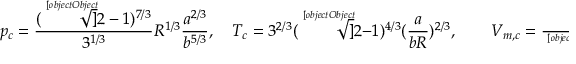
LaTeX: p _ { c } = { \frac { ( { \sqrt [ [object Object] ] { 2 } } - 1 ) ^ { 7 / 3 } } { 3 ^ { 1 / 3 } } } R ^ { 1 / 3 } { \frac { a ^ { 2 / 3 } } { b ^ { 5 / 3 } } } , \quad T _ { c } = 3 ^ { 2 / 3 } ( { \sqrt [ [object Object] ] { 2 } } - 1 ) ^ { 4 / 3 } ( { \frac { a } { b R } } ) ^ { 2 / 3 } , \qquad V _ { m , c } = { \frac { b } { { \sqrt [ [object Object] ] { 2 } } - 1 } } , \qquad Z _ { c } = { \frac { 1 } { 3 } }